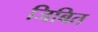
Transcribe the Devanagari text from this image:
जिबित